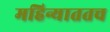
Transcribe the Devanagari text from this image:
महिन्याततच